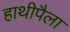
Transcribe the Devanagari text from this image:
हाथीपैला